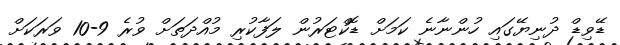
ޑޭވިޑް ދުނިޔޭގައި ހުންނާނެ ކަމަށް ޑޮކްޓަރުން ލަފާކުރި މުއްދަތަށް ވުރެ 9-10 ވަރަކަށް